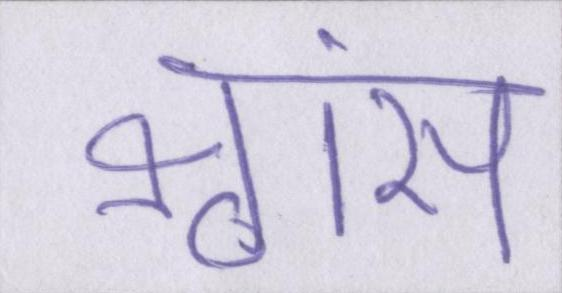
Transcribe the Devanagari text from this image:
श्वांस